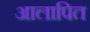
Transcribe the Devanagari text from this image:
आलापित